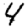
Digit: 4